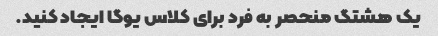
یک هشتگ منحصر به فرد برای کلاس یوگا ایجاد کنید.